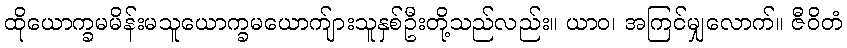
ထိုယောက္ခမမိန်းမသူယောက္ခမယောက်ျားသူနှစ်ဦးတို့သည်လည်း။ ယာဝ၊ အကြင်မျှလောက်။ ဇီဝိတံ